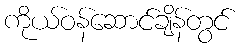
ကိုယ်ဝန်ဆောင်ချိန်တွင်